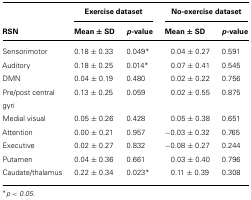
<table><thead><tr><td></td><td colspan="2"><b>Exercise dataset</b></td><td colspan="2"><b>No-exercise dataset</b></td></tr><tr><td><b>RSN</b></td><td><b>Mean ± SD</b></td><td><b><i>p</i>-value</b></td><td><b>Mean ± SD</b></td><td><b><i>p</i>-value</b></td></tr></thead><tbody><tr><td>Sensorimotor</td><td>0.18 ± 0.33</td><td>0.049*</td><td>0.04 ± 0.27</td><td>0.591</td></tr><tr><td>Auditory</td><td>0.18 ± 0.25</td><td>0.014*</td><td>0.07 ± 0.41</td><td>0.545</td></tr><tr><td>DMN</td><td>0.04 ± 0.19</td><td>0.480</td><td>0.02 ± 0.22</td><td>0.756</td></tr><tr><td>Pre/post central gyri</td><td>0.13 ± 0.25</td><td>0.059</td><td>0.02 ± 0.55</td><td>0.875</td></tr><tr><td>Medial visual</td><td>0.05 ± 0.26</td><td>0.428</td><td>0.05 ± 0.38</td><td>0.651</td></tr><tr><td>Attention</td><td>0.00 ± 0.21</td><td>0.957</td><td>-0.03 ± 0.32</td><td>0.765</td></tr><tr><td>Executive</td><td>0.02 ± 0.27</td><td>0.832</td><td>-0.08 ± 0.27</td><td>0.244</td></tr><tr><td>Putamen</td><td>0.04 ± 0.36</td><td>0.661</td><td>0.03 ± 0.40</td><td>0.796</td></tr><tr><td>Caudate/thalamus</td><td>0.22 ± 0.34</td><td>0.023*</td><td>0.11 ± 0.39</td><td>0.308</td></tr></tbody></table>